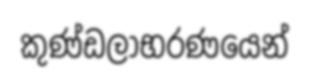
කුණ්ඩලාභරණයෙන්